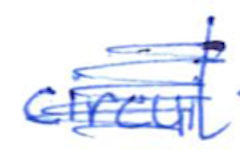
Text: circuit
Cross-out: scratch
Writing tool: ballpoint